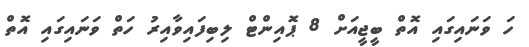
ހަ ވަނައިގައި އޮތް ބީޖީއަށް 8 ޕޮއިންޓް ލިބިފައިވާއިރު ހަތް ވަނައިގައި އޮތް